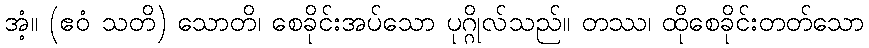
အံ့။ (ဧဝံ သတိ) သောတိ၊ စေခိုင်းအပ်သော ပုဂ္ဂိုလ်သည်။ တဿ၊ ထိုစေခိုင်းတတ်သော